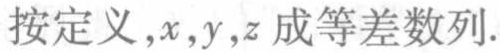
按定义，\(x,y,z\)成等差数列.